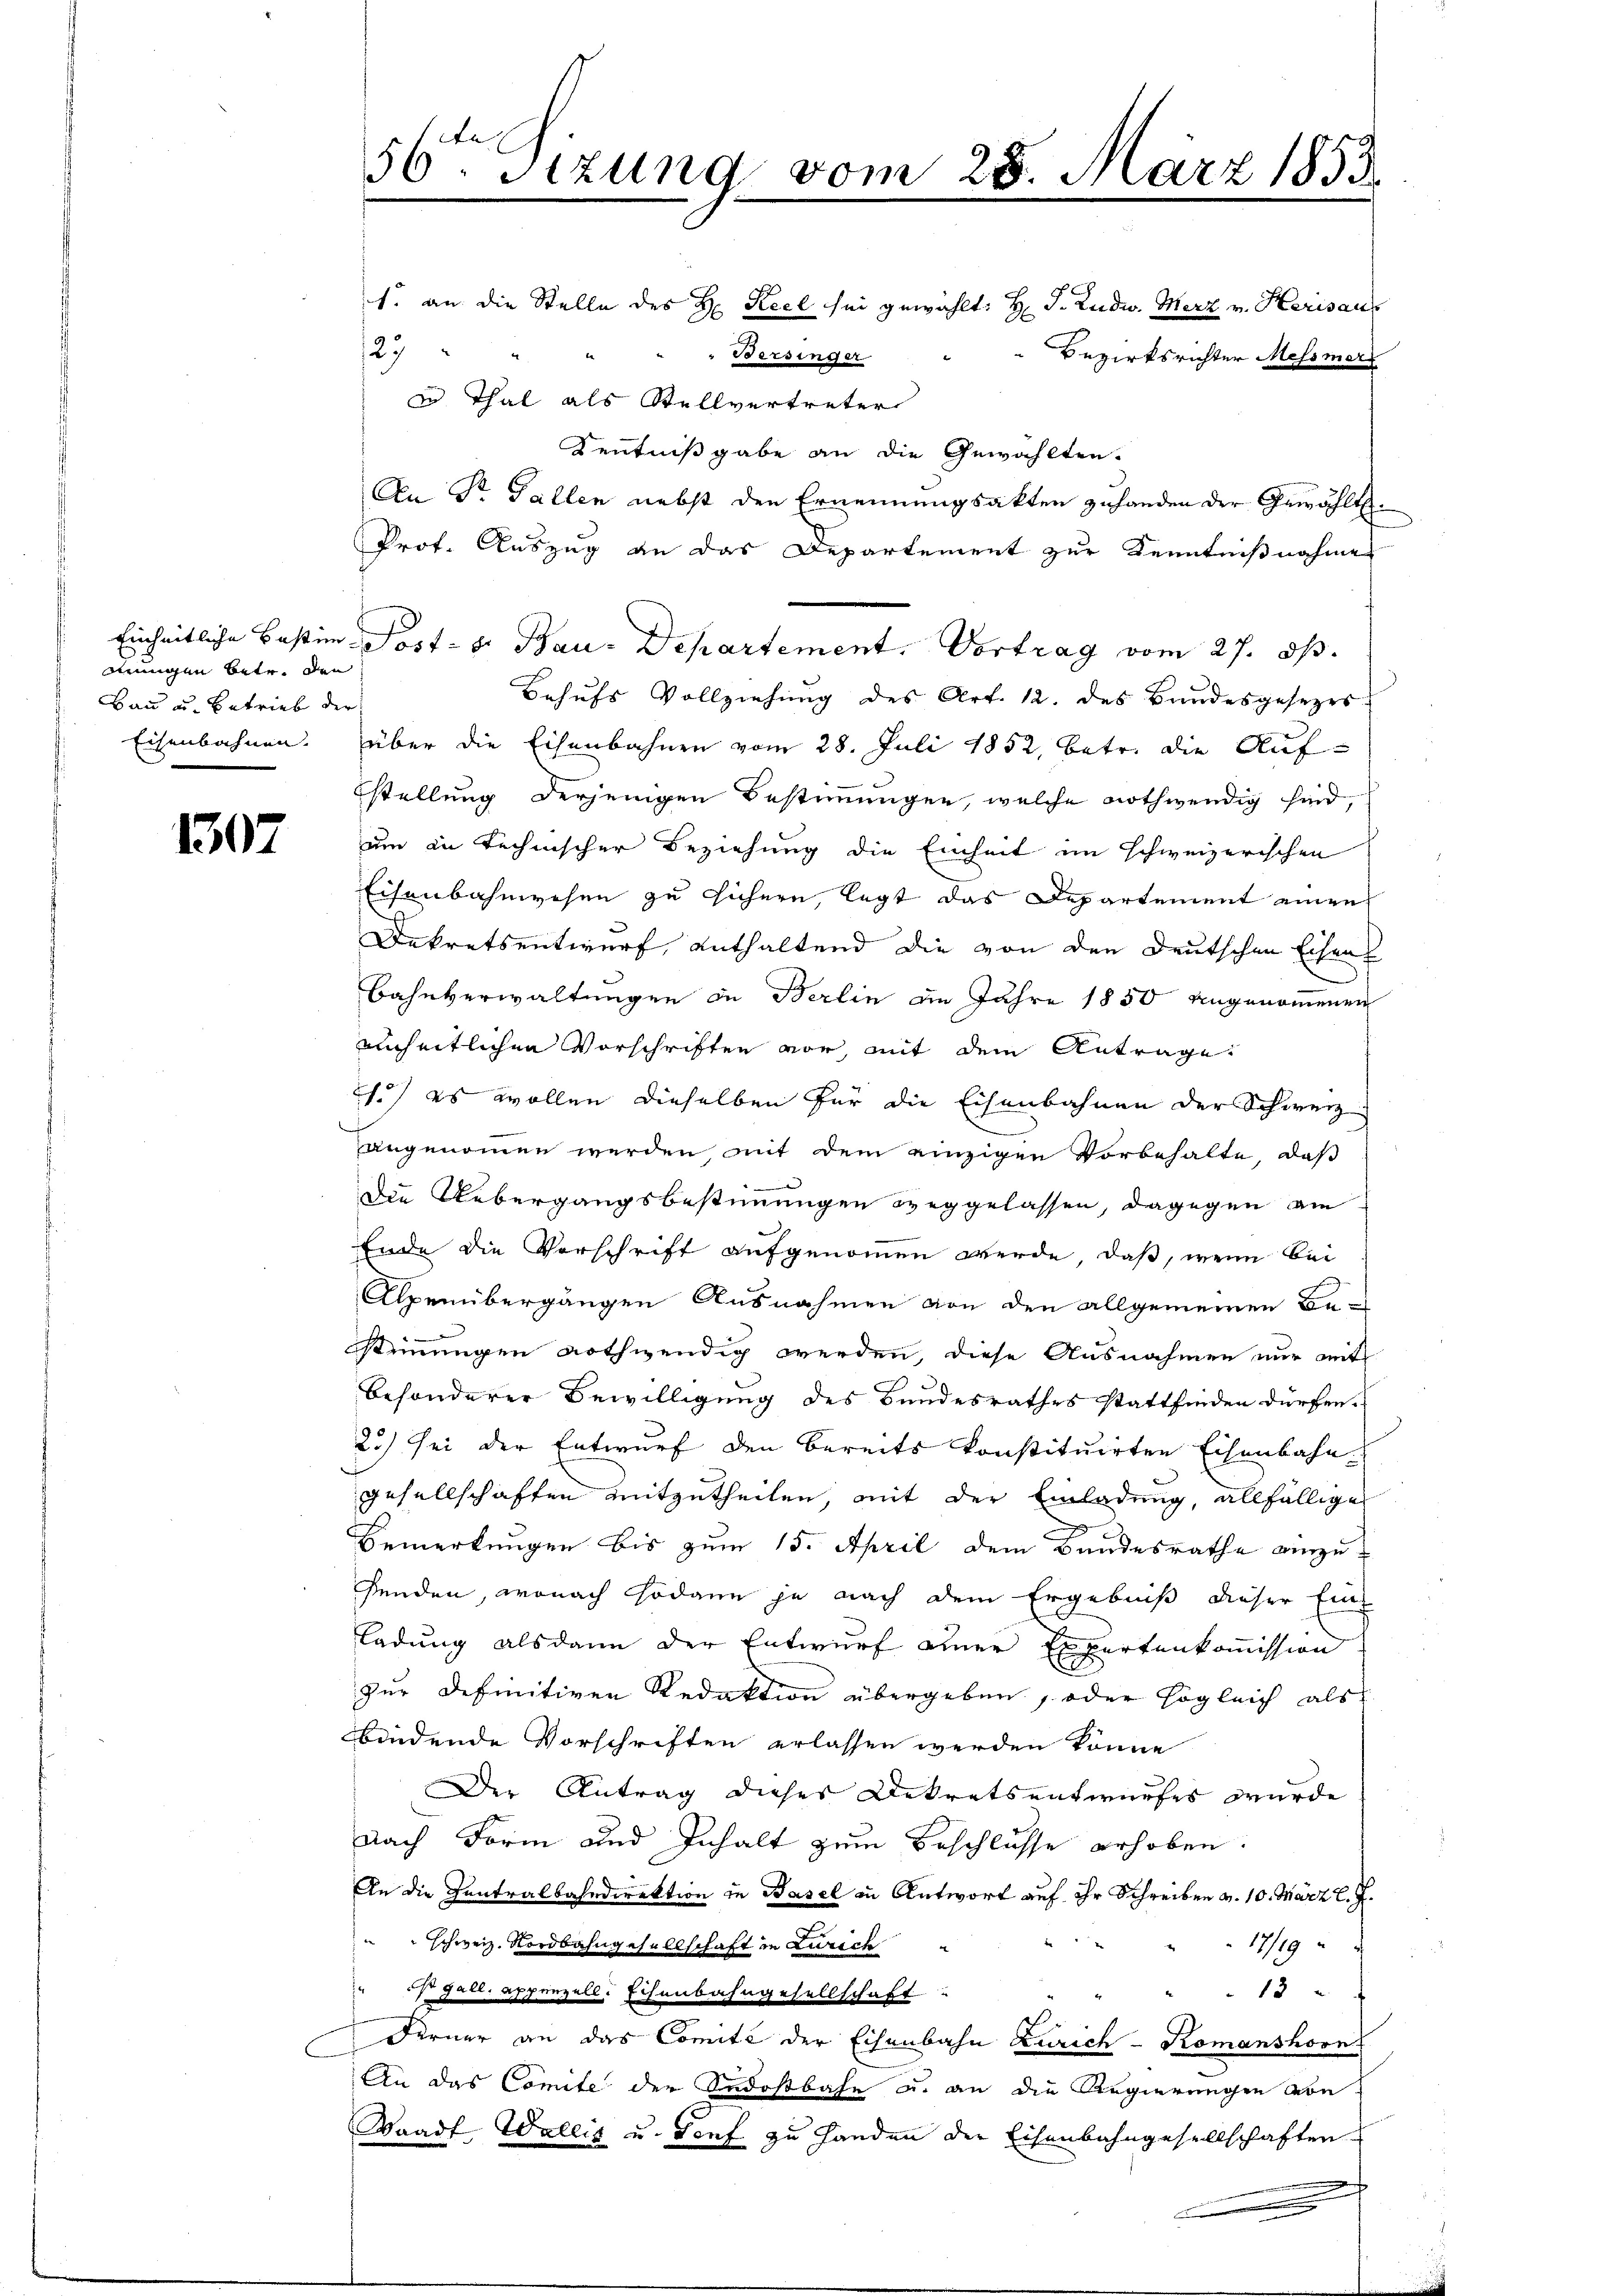
mungen betr. den
Bau u. Betrieb der

1307

Einheitliche Bestim Post- u. Bau-Departement. Vortrag vom 27. ds.
Behufs Vollziehung des Art. 12. des Bundesgesezes
Eisenbahnen. über die Eisenbahnen vom 28. Juli 1852, betr. die Auf-
stellung derjenigen Bestimmungen, welche nothwendig sind,
um in technischer Beziehung die Einheit im schweizerischen
Eisenbahnwesen zu sichern, legt das Departement einzu¬
Dekretsentwurf enthaltend die von den Deutschen Eisen
Bahnverwaltungen in Berlin im Jahre 1850 angenommenen
einheitlichen Vorschriften vor, mit dem Antrage
21.) es wollen dieselben für die Eisenbahnen der Schweiz.
angenommen werden, mit dem einzigen Vorbehalte, daß
Die Uebergangsbestimmungen weggelassen, dagegen am
Ende die Vorschrift aufgenommen werde, daß, wenn bei
Alpenübergängen Ausnahmen von den allgemeinen Be-
stimmungen nothwendig werden, diese Ausnahmen nur mit
besonderer Bewilligung des Bundesrathes stattfinden dürfen.
23) sei der Entwurf den bereits konstituirten Eisenbahn
Gesellschaften mitzutheilen, mit der Einladung, allfällige
Bemerkungen bis zum 15. April dem Bandesrathe einzufenden, wonach sodann je nach dem Ergebniß dieser Einladung alsdann der Entwurf einer Expertenkommission
zur Definitiven Redaktion übergeben, oder sogleich als
bindende Vorschriften erlassen werden könne
Der Antrag dieses Dekretsentwurfes wurde
nach Form und Inhalt zum Beschlüsse erhoben.
An die Zentralbahndirektion in Basel in Antwort auf ihr Schreiben v. 10. März l. J.
17/19
schweiz. Nordbahngesellschaft in Zürich
 ist gall. Appenzell Echenbahngesellschaft
13 x
2
Derner an das Comité der Eisenbahn Zürich - Komanshorn
An das Comite der Indostbahn u. an die Regierungen von
Waadt, Wallig u. Senf zu Handen der Eisenbahngesellschaften
.

1. an die Stelle des H. Keel sei gewählt: H. J. Ludw. Merz v. Herisau
27
" " " Versinger
Bezirksrichter Messmars
u Thal als Stellvertreter
Kenntnißgabe an die Gewählten.
An Sr. Gallen nebst den Ernennungsakten zuhanden der Gewählt.
Prof. Auszug an das Departement zur Kenntnißnahme

56ten Sizung vom 28. März 1853